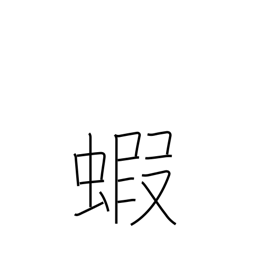
Meaning: prawn